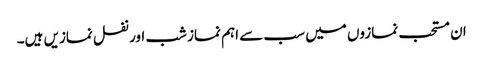
ان مستحب نمازوں میں سب سے اہم نماز شب اور نفل نمازیں ہیں۔